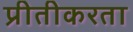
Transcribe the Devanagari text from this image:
प्रीतीकरता